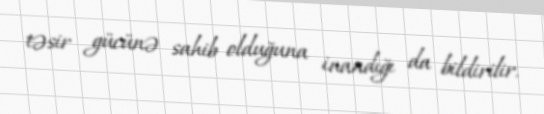
təsir gücünə sahib olduğuna inandığı da bildirilir.